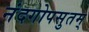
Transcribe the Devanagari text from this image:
नंदगोपसुतम्